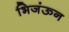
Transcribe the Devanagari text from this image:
भिजंऊन